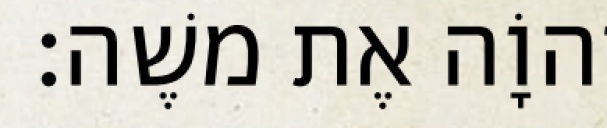
יְהוָֹה אֶת משֶׁה׃